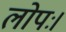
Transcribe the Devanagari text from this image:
लोपः।